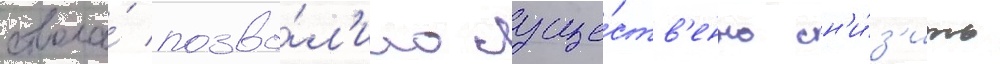
ствола́ позво́л'ило суще́ств'енно сн'и́з'ить